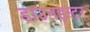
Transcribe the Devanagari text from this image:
डाउनइस्टर